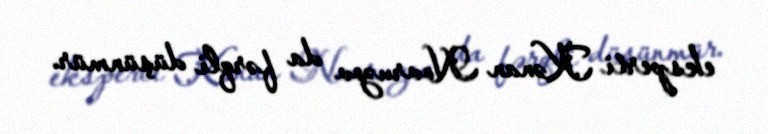
eksperti Kənan Novruzov da fərqli düşünmür.